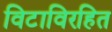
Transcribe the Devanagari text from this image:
विटाविरहित